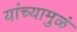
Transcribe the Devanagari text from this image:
यांच्यामुळं